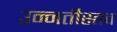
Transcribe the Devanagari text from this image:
उन्नतीस्तव